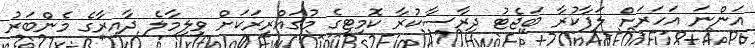
އަންނަ އަހަރަށް ލަފާކުރާ ބަޖެޓު ދިރާސާކުރާ ކޮމިޓީގެ މުގައްރިރަކަށް ވިލިމާލެ ދާއިރާގެ މެންބަރު